Civil Veterinary Dept. Assam report 1927-50 - 1927-1950
Year: 1927
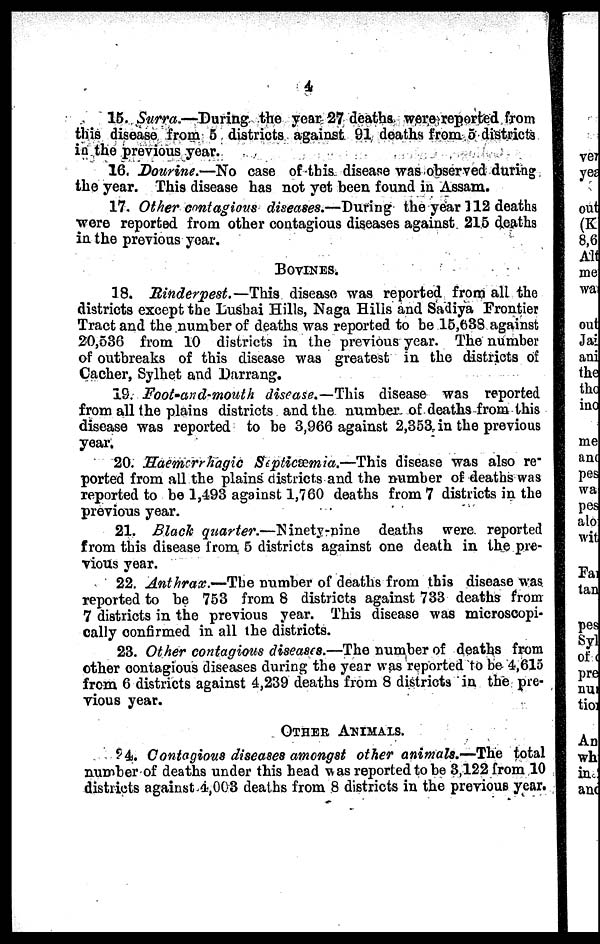
4
15. Surra.—During the year 27 deaths were reported from
this disease from 5 districts against 91 deaths from 5 districts
in the previous year.
16. Dourine.—No case of this disease was observed during
the year. This disease has not yet been found in Assam.
17. Other contagious diseases.—During the year 112 deaths
were reported from other contagious diseases against 215 deaths
in the previous year.
BOVINES.
18. Rinderpest.—This
disease was reported from all the
districts except the Lushai Hills, Naga Hills and Sadiya Frontier
Tract and the number of deaths was reported to be 15,638 against
20,536 from 10 districts in the previous year. The number
of outbreaks of this disease was greatest in the districts of
Cacher, Sylhet and Darrang.
19. Foot-and-mouth disease.—This disease was reported
from all the plains districts and the number of deaths from this
disease was reported to be 3,966 against 2,353 in the previous
year.
20. Hacmorrhagic Septicæmia.—This disease was also re-
ported from ail the plains districts and the number of deaths was
reported to be 1,493 against 1,760 deaths from 7 districts in the
previous year.
21. Black quarter.—Ninety-nine
deaths were reported
from this disease from 5 districts against one death in the pre-
vious year.
22. Anthrax.—The number of deaths from this disease was
reported to be 753 from 8 districts against 733 deaths from
7 districts in the previous year. This disease was microscopi-
cally confirmed in all the districts.
23. Other contagious diseases.—The number of deaths from
other contagious diseases during the year was reported to be 4,615
from 6 districts against 4,239 deaths from 8 districts in the pre-
vious year.
OTHER ANIMALS.
24. Contagious diseases amongst other animals.—The total
number of deaths under this head was reported to be 3,122 from 10
districts against 4,003 deaths from 8 districts in the previous year.